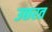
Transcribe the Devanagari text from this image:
उछरत